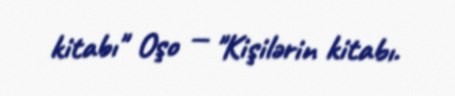
kitabı" Oşo — "Kişilərin kitabı.